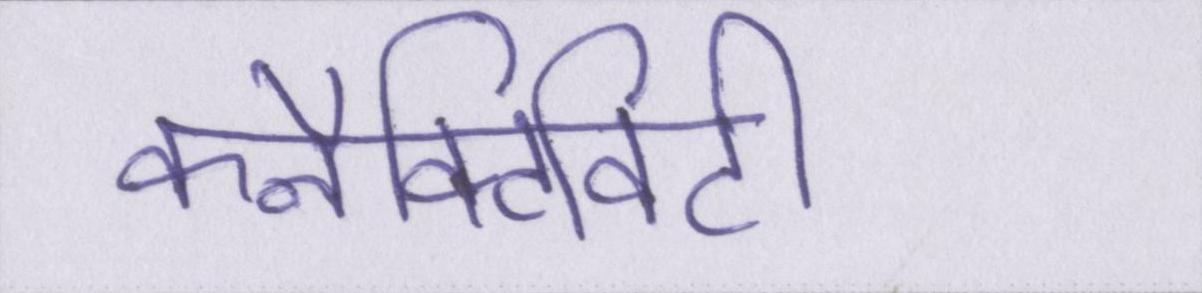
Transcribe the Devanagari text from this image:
कनैक्टिविटी